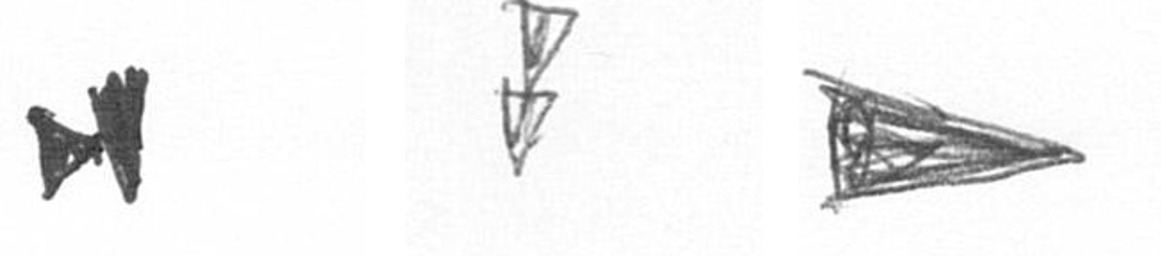
M Z T